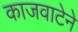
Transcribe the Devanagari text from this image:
काजवाटेने